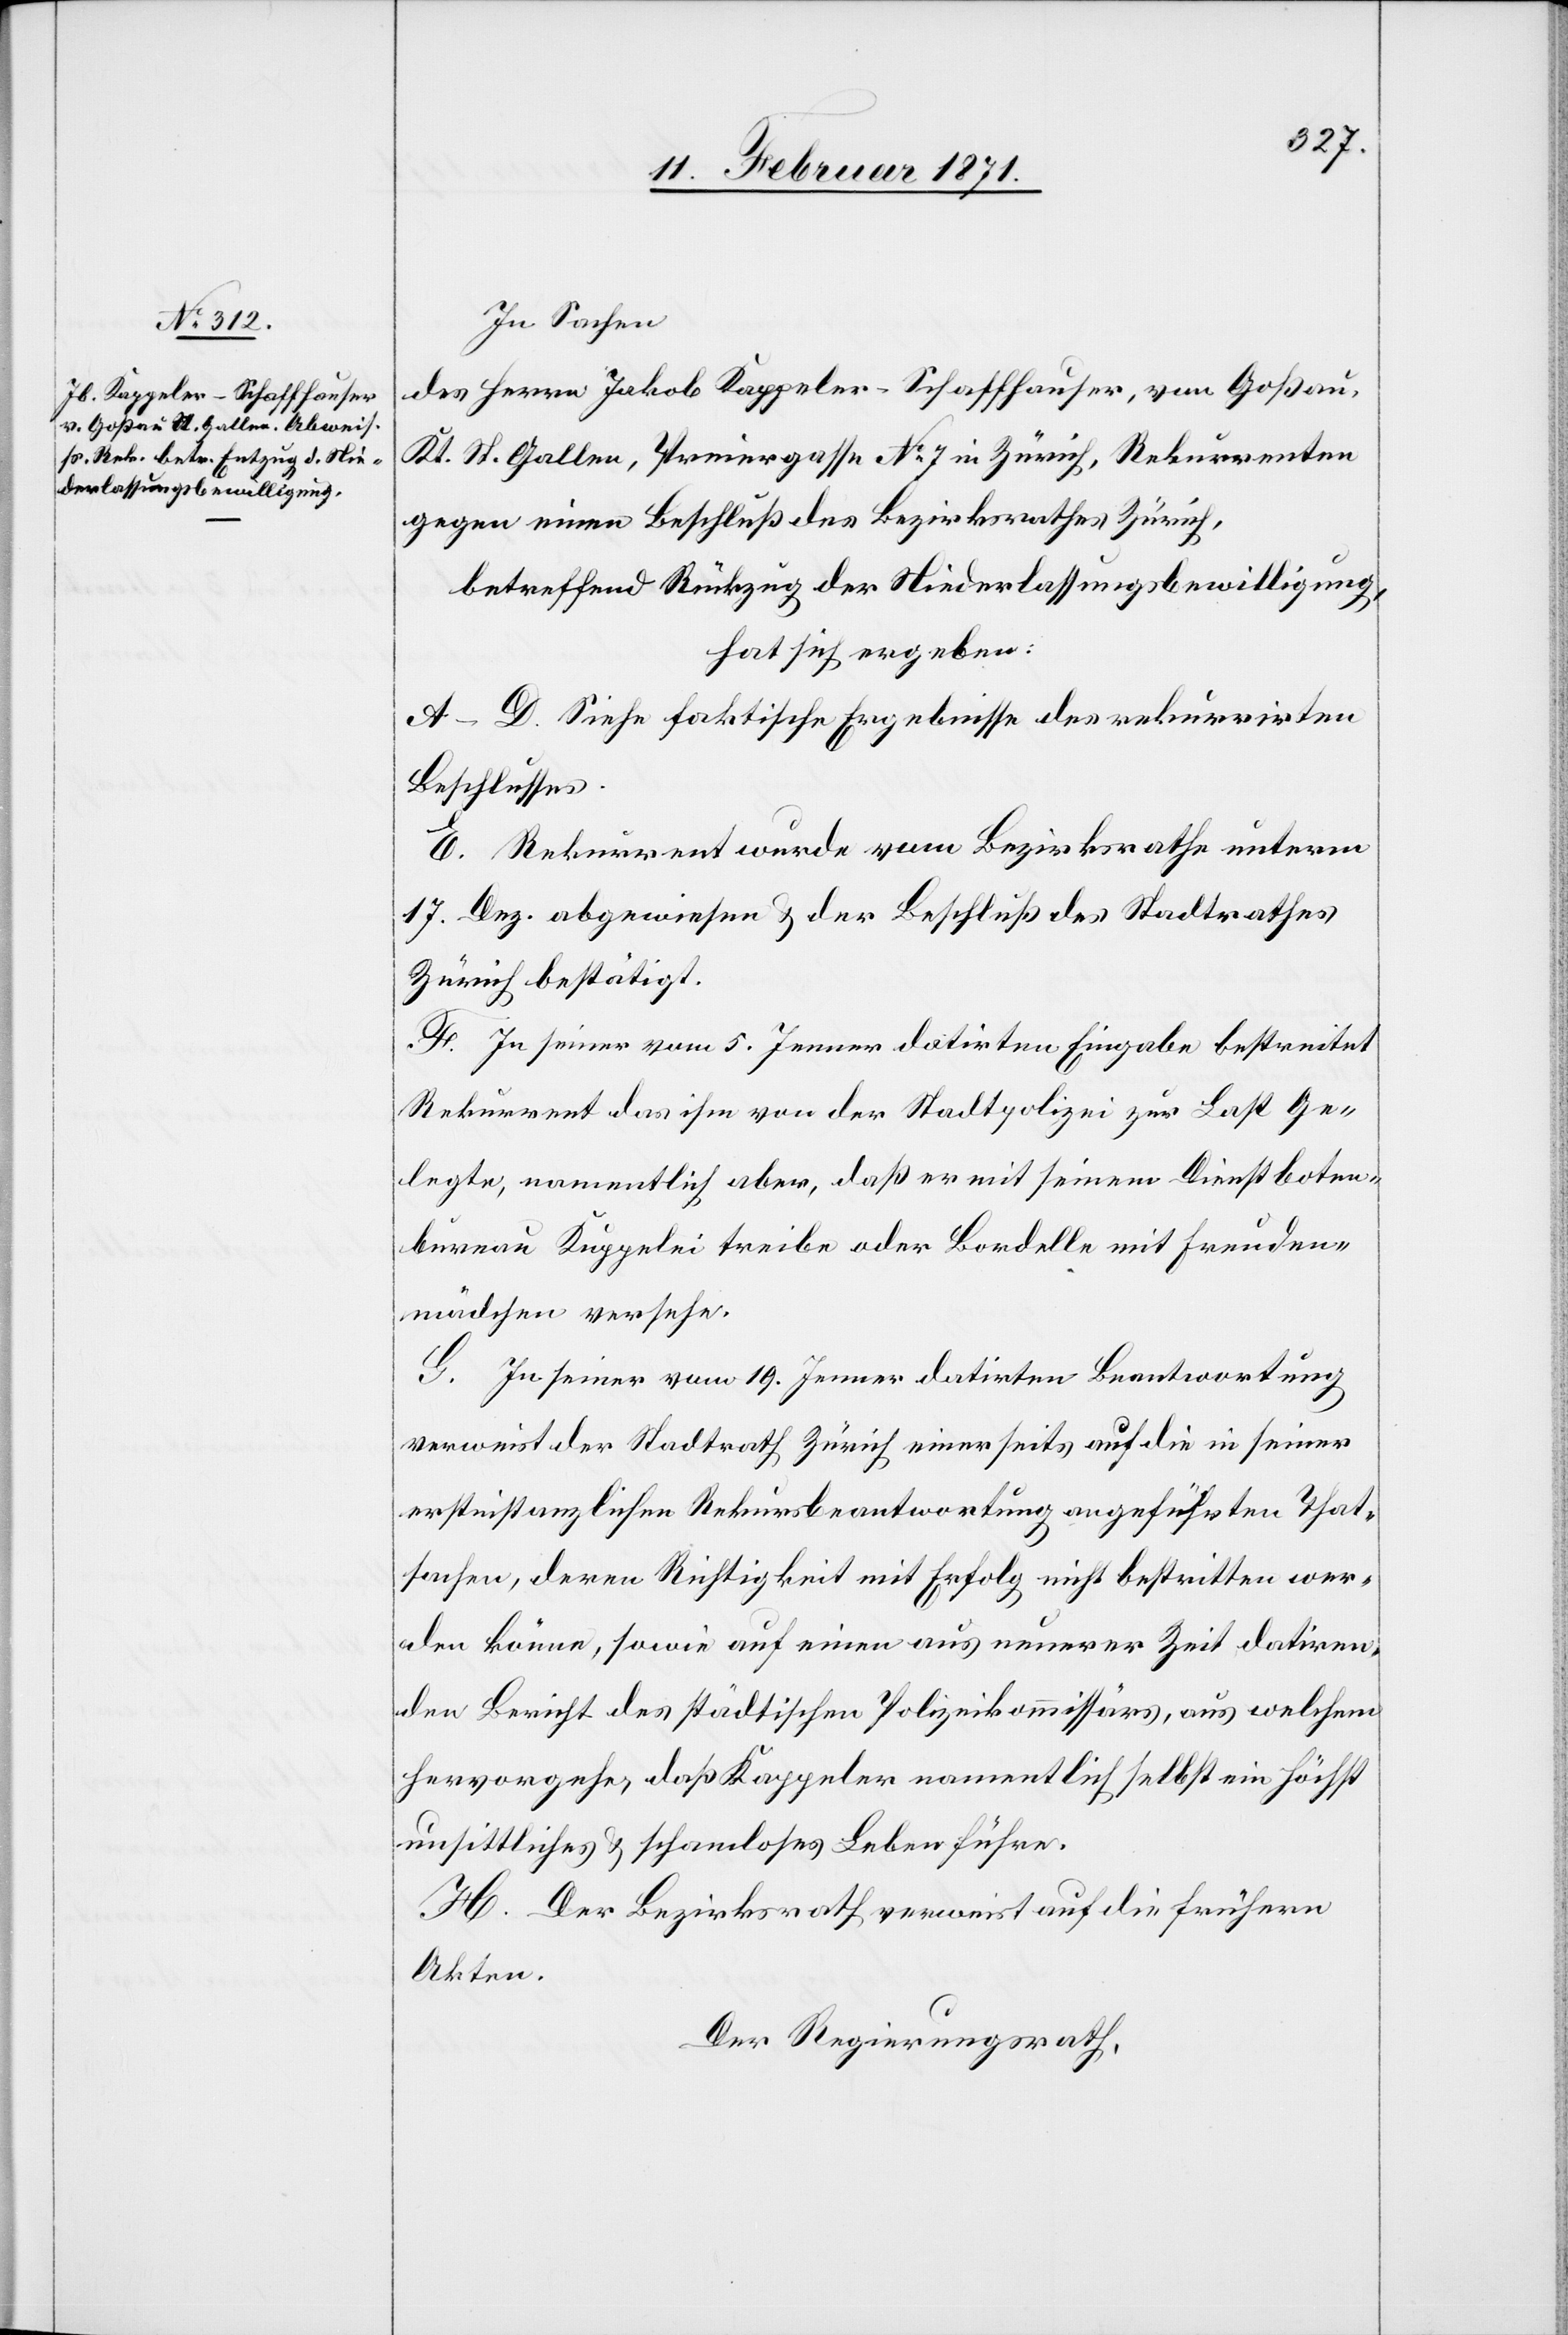
In Sachen
des Herrn Jakob Kappeler-Schaffhauser, von Goßau,
Kt. St. Gallen, Preiergasse No. 7 in Zürich, Rekurrenten
gegen einen Beschluß des Bezirksrathes Zürich,
betreffend Rückzug der Niederlassungsbewilligung,
hat sich ergeben:
A–D. siehe faktische Ergebnisse des rekurrirten
Beschlusses.
E. Rekurrent wurde vom Bezirksrathe unterm
17. Dez. abgewiesen u. der Beschluß des Stadtrathes
Zürich bestätigt.
F. In seiner vom 5. Jenner datirten Eingabe bestreitet
Rekurrent das ihm von der Stadtpolizei zur Last Ge¬
legte, namentlich aber, daß er mit seinem Dienstboten¬
bureau Kuppelei treibe oder Bordelle mit Freuden¬
mädchen versehe.
G. In seiner vom 19. Jenner datirten Beantwortung
verweist der Stadtrath Zürich einer seits auf die seiner
erstinstanzlichen Rekursbeantwortung angeführten That¬
sachen, deren Richtigkeit mit Erfolg nicht bestritten wer¬
den könne, sowie auf einen aus neuerer Zeit datiren¬
den Bericht des städtischen Polizeikommissärs, aus welchem
hervorgehe, daß Kappeler namentlich selbst ein höchst
unsittliches u. schamloses Leben führe.
H. Der Bezirksrath verweist auf die frühern
Akten.
Der Regierungsrath,